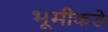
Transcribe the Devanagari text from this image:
भूमीकडे